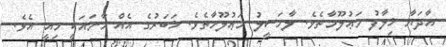
އާދަޔާ ޚިލާފު މަޢުލޫމާތެވެ. ލާމަސީލު މަޢުލޫމާތެވެ. ޚަބަރުގެ އެއް މާނައަކީ މިއީ އެވެ.